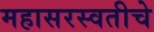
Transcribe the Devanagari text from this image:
महासरस्वतीचे